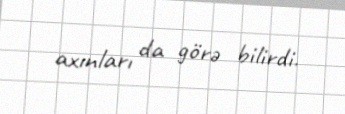
axınları da görə bilirdi.